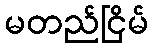
မတည်ငြိမ်